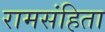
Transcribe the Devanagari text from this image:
रामसंहिता